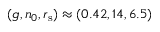
( g , n _ { 0 } , r _ { \mathrm { s } } ) \approx ( 0 . 4 2 , 1 4 , 6 . 5 )